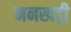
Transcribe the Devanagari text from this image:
ननखड़ी